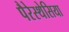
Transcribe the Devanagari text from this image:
पैरेस्थेसिया